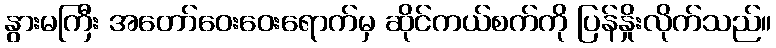
နွားမကြီး အတော်ဝေးဝေးရောက်မှ ဆိုင်ကယ်စက်ကို ပြန်နှိုးလိုက်သည်။